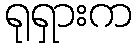
ရုရှားက